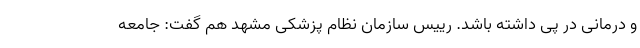
و درمانی در پی داشته باشد. رییس سازمان نظام پزشکی مشهد هم گفت: جامعه